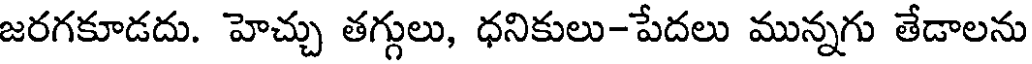
జరగకూడదు. హెచ్చు తగ్గులు, ధనికులు-పేదలు మున్నగు తేడాలను